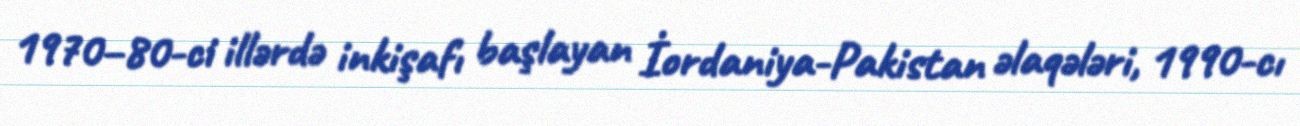
1970–80-ci illərdə inkişafı başlayan İordaniya-Pakistan əlaqələri, 1990-cı